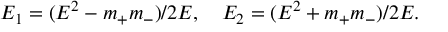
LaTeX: E _ { 1 } = ( E ^ { 2 } - m _ { + } m _ { - } ) / 2 E , \quad E _ { 2 } = ( E ^ { 2 } + m _ { + } m _ { - } ) / 2 E .